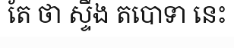
តែ ថា ស្ទឹង តបោទា នេះ